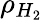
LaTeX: \rho_{H_{2}}